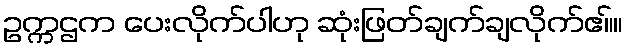
ဥက္ကဌက ပေးလိုက်ပါဟု ဆုံးဖြတ်ချက်ချလိုက်ဧ။်။